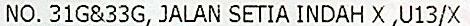
NO. 31G&33G, JALAN SETIA INDAH X ,U13/X